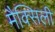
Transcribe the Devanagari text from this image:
मैक्सिली